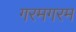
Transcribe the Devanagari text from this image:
गरमगरम